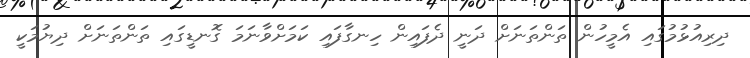
ދިރިއުޅުމުގައި އެމީހުން ތަންތަނަށް ދަނީ ދެފައިން ހިނގާފައި ކަމަށްވާނަމަ ގޮނޑީގައި ތަންތަނަށް ދިޔުމަކީ